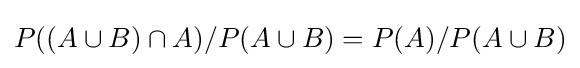
P((A\cup B)\cap A)/P(A\cup B)=P(A)/P(A\cup B)